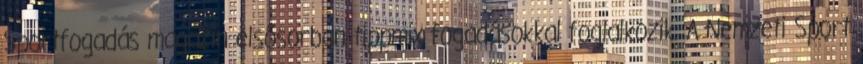
Sportfogadás magazin elsősorban tippmix fogadásokkal foglalkozik. A Nemzeti Sport